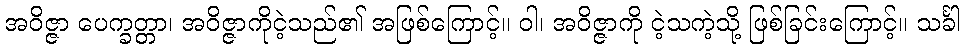
အဝိဇ္ဇာ ပေက္ခတ္တာ၊ အဝိဇ္ဇာကိုငဲ့သည်၏ အဖြစ်ကြောင့်။ ဝါ၊ အဝိဇ္ဇာကို ငဲ့သကဲ့သို့ ဖြစ်ခြင်းကြောင့်။ သင်္ခါ